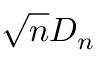
{ \sqrt { n } } D _ { n }